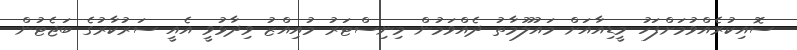
ސޮއިކުރެއްވުމަށްފަހު މީޑިއާއަށް މައުލޫމާތު ދެއްވަމުން މިނިސްޓަރު މުއިއްޒު ވިދާޅުވީ އެއީ ސަރުކާރުގެ ބަޖެޓުން